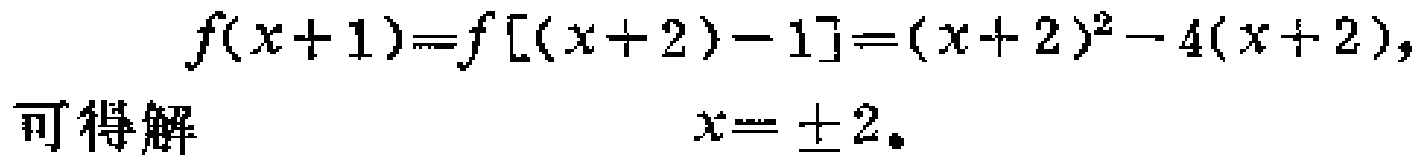
\[
\begin{align*}
f(x + 1)&=f[(x + 2)-1]=(x + 2)^2-4(x + 2),\\
\text{可得解}\quad x&=\pm 2.
\end{align*}
\]